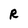
Character: R